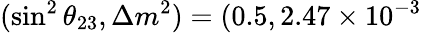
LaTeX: (\sin^{2}\theta_{23},\Delta m^{2})=(0.5,2.47\times 10^{-3}